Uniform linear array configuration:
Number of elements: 16
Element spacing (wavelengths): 0.75
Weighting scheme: cosine
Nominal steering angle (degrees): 15
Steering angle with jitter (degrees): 13.499
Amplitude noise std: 0.05
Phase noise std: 0.05

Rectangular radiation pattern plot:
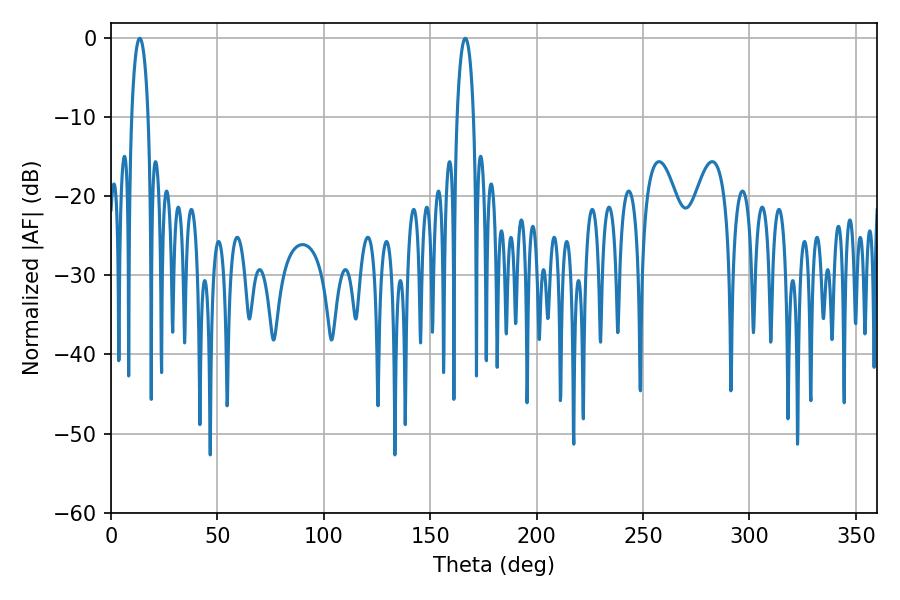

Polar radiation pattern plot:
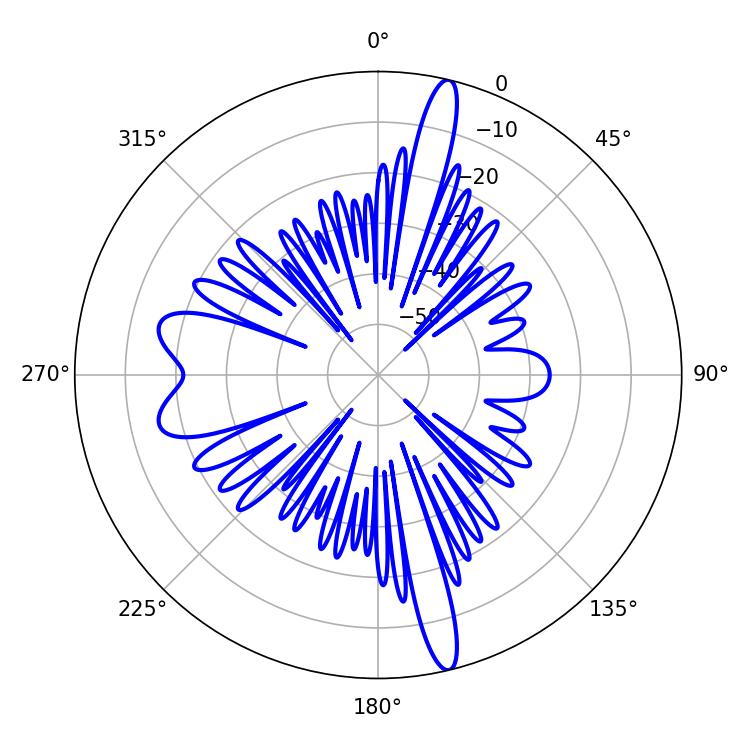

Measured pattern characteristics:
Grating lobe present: TRUE
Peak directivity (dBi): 18.676
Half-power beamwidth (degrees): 4.32
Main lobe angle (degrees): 166.5